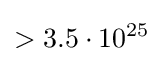
>3.5\cdot 10^{25}